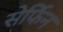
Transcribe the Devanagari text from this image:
सेर्फिन